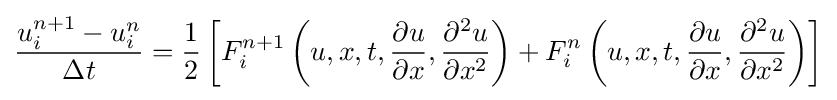
{\frac {u_{i}^{n+1}-u_{i}^{n}}{\Delta t}}={\frac {1}{2}}\left[F_{i}^{n+1}\left(u,x,t,{\frac {\partial u}{\partial x}},{\frac {\partial ^{2}u}{\partial x^{2}}}\right)+F_{i}^{n}\left(u,x,t,{\frac {\partial u}{\partial x}},{\frac {\partial ^{2}u}{\partial x^{2}}}\right)\right]